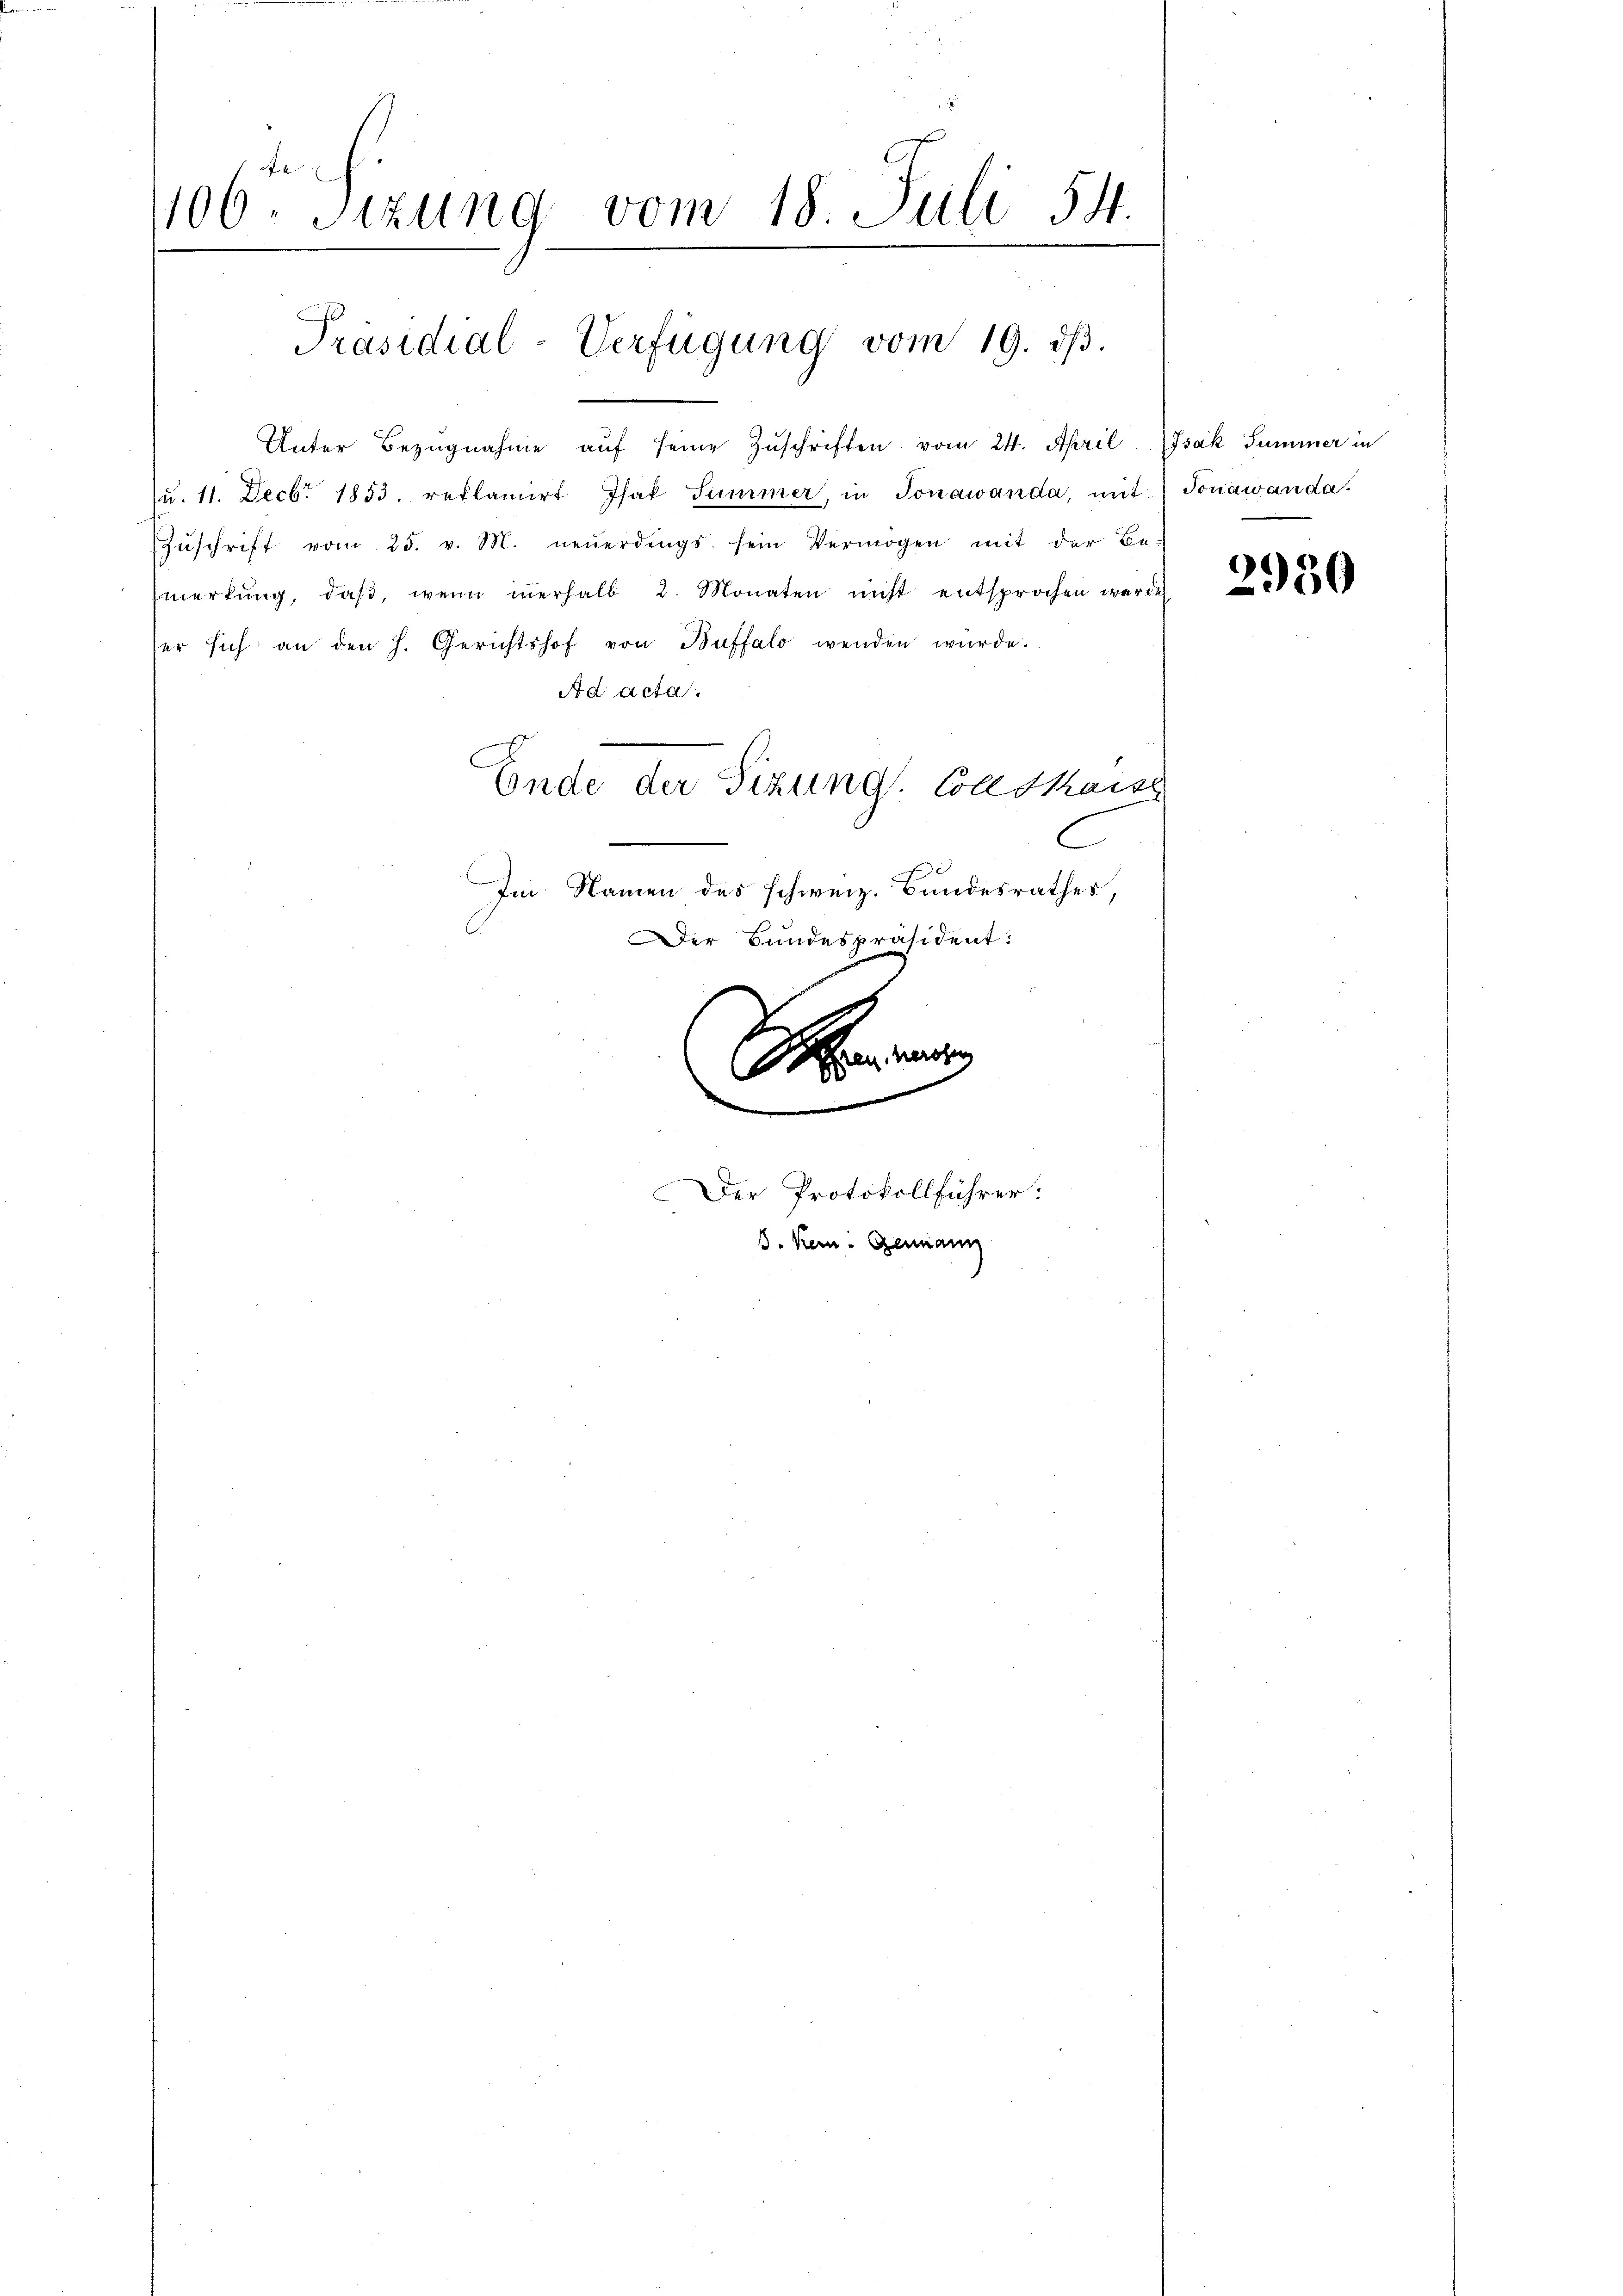
106 Sizung vom 18. Juli 54.

Unter Bezŭgnahme aŭf seine Zŭschriften vom 24. April Isak Summer in
Ju. 11. Decbr. 1853. reflamirt Isak Summer, in Jonawanda, mit Jonawanda.
Zŭschrift vom 25. v. M. neŭerdings sein Vermögen mit der Be-
Emerkŭng, daβ, wenn iṅerhalb 2. Monaten nicht entsprochen werde
ser sich an den h. Gerichtshof von Buffalo wenden würde.
Ad acta.
Ende der Sizung Conskaise
C

a
Der Protokollführer:
8. Kern Germann

Präsidial-Verfügung vom 19. dβ.

Im Namen des schweiz. Bundesrathes,
Der Bundespräsident:

2930